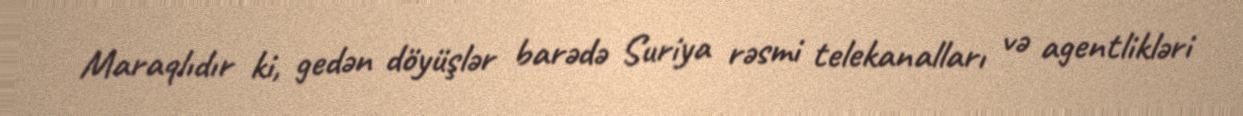
Maraqlıdır ki, gedən döyüşlər barədə Suriya rəsmi telekanalları və agentlikləri